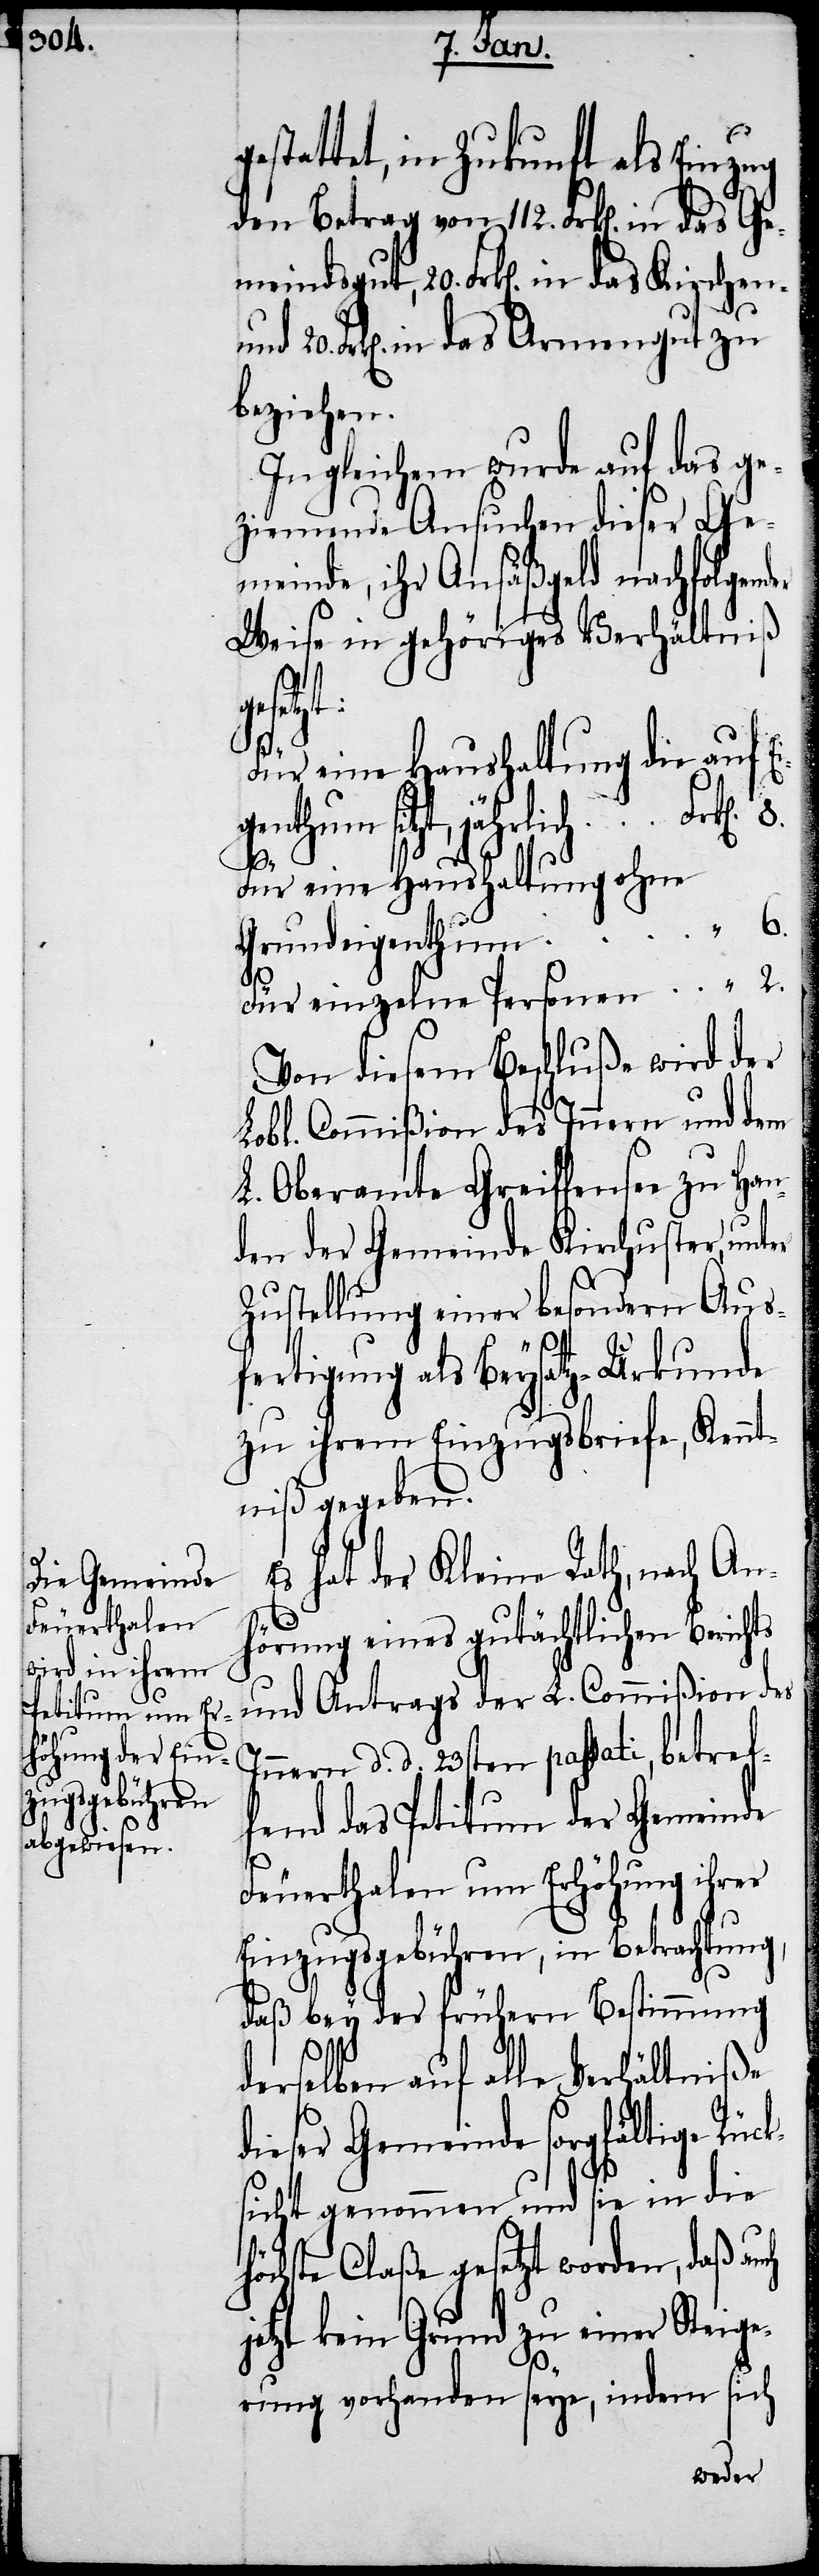
igenthum s¬

gestattet, in Zukunft als Einzug
den Betrag von 112. Frk[en]. in das
Frk[en]. in das Armengut zu
beziehen.
In gleichem wurde auf das ge¬
ziemende Ansuchen dieser Ge¬
meinde, ihr Ansäßgeld nachfolgen¬
Weise in gehöriges Verhältniß
itzt,
Für eine Haushaltung die auf E¬
2.
Für eine Haushaltung ohne
Grundeigenthum			 " 6.
Von diesem Beschluße wird der
Lobl. Commißion des Innern und dem
L. Oberamte Greiffensee zu Han¬
den der Gemeinde Kirchuster, unter
Zustellung einer besondern Aus¬
fertigung als Beysatz-Urkunde
zu ihrem Einzugsbriefe, Kennt¬
niß gegeben.
Es hat der Kleine Rath, nach An¬
hörung eines gutächtlichen Berichts
und Antrags der L. Commißion des
Innern d. d. 23sten passati, betref¬
fend das Petitum der Gemeinde
Feuerthalen um Erhöhung ihrer
Einzugsgebühren, in Betrachtung,
daß bey der frühern Bestimmung
derselben auf alle Verhältniße
dieser Gemeinde sorgfältige Rück¬
sicht genommen und sie in die
höchste Claße gesetzt worden, daß auch
jetzt kein Grund zu einer Steige¬
rung vorhanden seye, indem sich